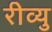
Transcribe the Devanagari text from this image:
रीव्यु